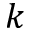
k